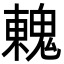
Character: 䰤